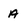
Character: A